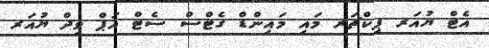
އެޓް ޔުއަރ ޕިކްޗަރ މައި މައިންޑް ގެޓްސް ސެޓް އަޕް ވިދް ޔުއަރ